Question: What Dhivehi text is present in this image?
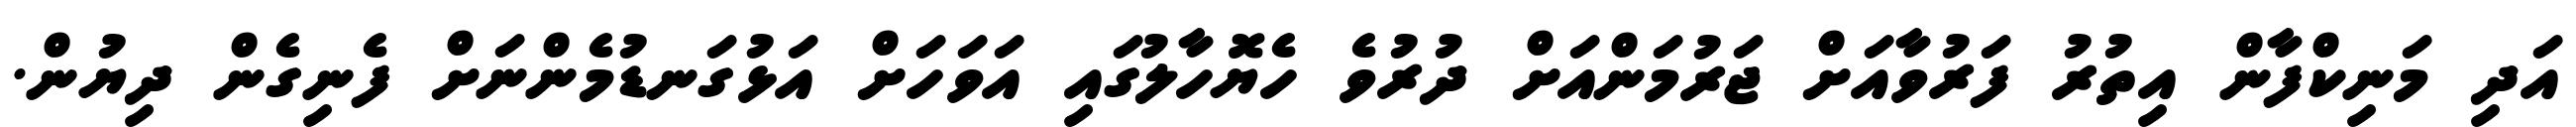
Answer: އަދި މަނިކްފާން އިތުރު ފަރުވާއަށް ޖަރުމަންއަށް ދުރުވެ ހެޔޮހާލުގައި އަވަހަށް އަޅުގަނޑުމެންނަށް ފެނިގެން ދިޔުން.